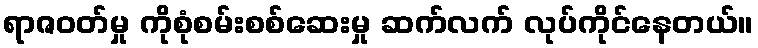
ရာဇဝတ်မှု ကိုစုံစမ်းစစ်ဆေးမှု ဆက်လက် လုပ်ကိုင်နေတယ်။